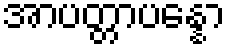
အာပတ္တာပန္နော